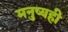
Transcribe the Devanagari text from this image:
मनुष्यही